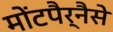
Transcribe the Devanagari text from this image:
मोंटपैर्नैसे